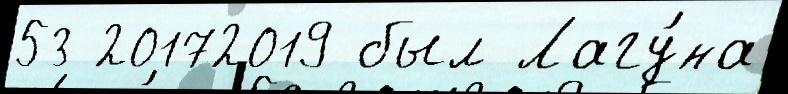
53 20172019 был Лагу́на